Regulations for the medical services of the Army of India
Year: 1930
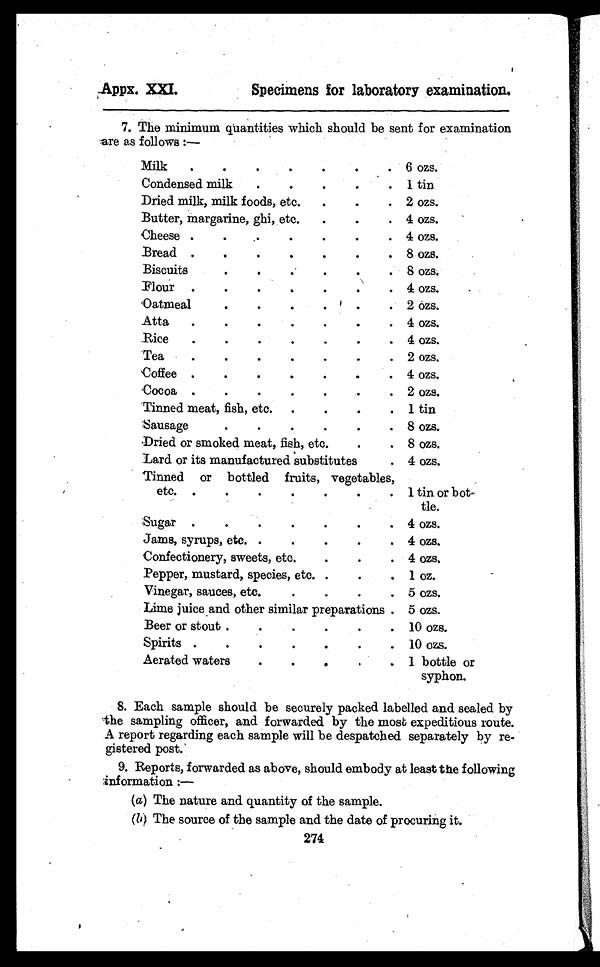
Appx. XXI.
Specimens for laboratory examination.
7. The minimum quantities which should be sent for examination
are as follows :—
Milk.
.
.
.
.
.
. 6 ozs.
Condensed milk
.
.
.
.
. 1 tin
Dried milk, milk foods, etc.
.
. . 2 ozs.
Butter, margarine, ghi, etc.
.
. . 4 ozs.
Cheese.
.
.
.
.
. 4 ozs.
Bread.
.
.
.
.
.
. 8 ozs.
Biscuits
.
.
.
.
.
. 8 ozs.
Flour.
.
.
.
.
.
. 4 ozs.
Oatmeal
.
.
.
.
.
. 2 ozs.
Atta.
.
.
.
.
.
. 4 ozs.
Rice
.
.
.
.
.
.
. 4 ozs.
Tea
.
.
.
.
.
.
. 2 ozs.
Coffee.
.
.
.
.
.
. 4 ozs.
Cocoa .
.
.
.
.
.
. 2 ozs.
Tinned meat, fish, etc. .
.
.
. 1 tin
Sausage
.
.
.
.
.
. 8 ozs.
Dried or smoked meat, fish, etc.
.
. 8 ozs.
Lard or its manufactured substitutes
. 4 ozs.
Tinned or bottled fruits, vegetables,
etc. .
.
.
.
.
. . 1 tin or bot
tle.
Sugar.
.
.
.
.
.
. 4 ozs.
Jams, syrups, etc. .
.
.
.
. 4 ozs.
Confectionery, sweets, etc.
.
.
. 4 ozs.
Pepper, mustard, species, etc. .
.
. 1 oz.
Vinegar, sauces, etc.
.
.
.
. 5 ozs.
Lime juice and other similar preparations . 5 ozs.
Beer or stout .
.
.
.
.
. 10 ozs.
Spirits.
.
.
.
.
.
. 10 ozs.
Aerated water
.
.
.
.
. 1 bottle or
syphon.
8. Each sample should be securely packed labelled and sealed by
the sampling officer, and forwarded by the most expeditious route.
A report regarding each sample will be despatched separately by re-
gistered post.
9. Reports, forwarded as above, should embody at least the following
information :—
(a) The nature and quantity of the sample.
(b) The source of the sample and the date of procuring it.
274